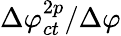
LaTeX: \Delta\varphi_{ct}^{2p}/\Delta\varphi